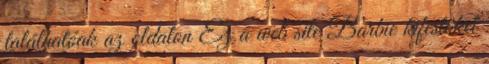
találhatóak az oldalon Ez a web site Barbie kifestőket